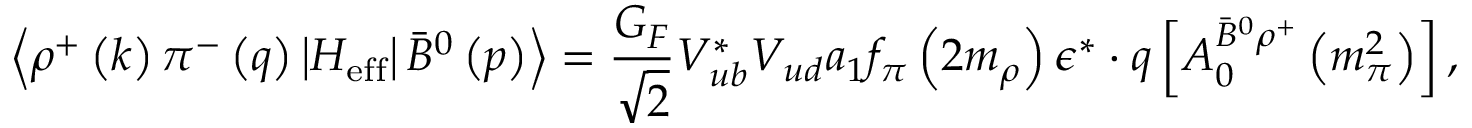
\left\langle \rho ^ { + } \left( k \right) \pi ^ { - } \left( q \right) \left| H _ { \mathrm { e f f } } \right| \bar { B } ^ { 0 } \left( p \right) \right\rangle = \frac { G _ { F } } { \sqrt { 2 } } V _ { u b } ^ { * } V _ { u d } a _ { 1 } f _ { \pi } \left( 2 m _ { \rho } \right) \epsilon ^ { * } \cdot q \left[ A _ { 0 } ^ { \bar { B } ^ { 0 } \rho ^ { + } } \left( m _ { \pi } ^ { 2 } \right) \right] ,